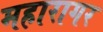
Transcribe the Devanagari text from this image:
महारागर